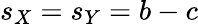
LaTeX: s_{X}=s_{Y}=b-c